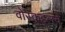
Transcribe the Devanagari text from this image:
वोस्कुइलचे